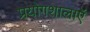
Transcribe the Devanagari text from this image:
प्रयोगशालाऍं